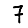
Digit: 7